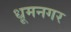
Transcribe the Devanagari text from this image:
धूमनगर